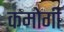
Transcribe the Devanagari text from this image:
कमोगी